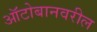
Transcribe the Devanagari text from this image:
ऑटोबानवरील